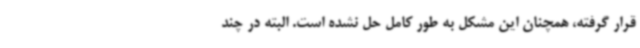
قرار گرفته، همچنان این مشکل به طور کامل حل نشده است. البته در چند